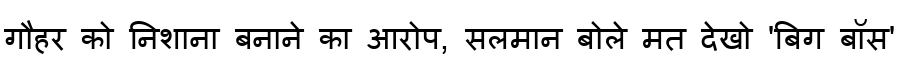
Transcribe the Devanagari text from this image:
गौहर को निशाना बनाने का आरोप, सलमान बोले मत देखो 'बिग बॉस'